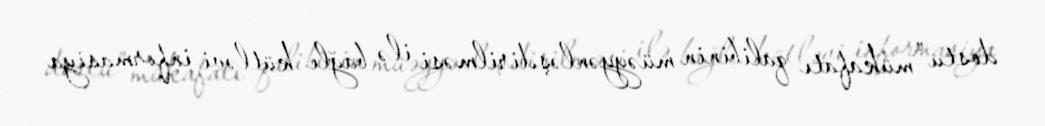
dostu” mükafatı qalibinin müəyyənləşdirilməsi ilə bağlı kütləvi informasiya